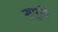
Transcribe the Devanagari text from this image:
समूहि